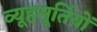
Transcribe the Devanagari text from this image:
व्यूहमूर्तियों